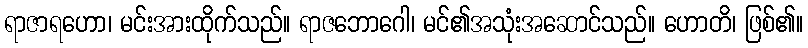
ရာဇာရဟော၊ မင်းအားထိုက်သည်။ ရာဇဘောဂေါ၊ မင်၏အသုံးအဆောင်သည်။ ဟောတိ၊ ဖြစ်၏။